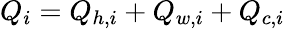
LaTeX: Q_{i}=Q_{h,i}+Q_{w,i}+Q_{c,i}